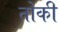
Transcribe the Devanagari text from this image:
तोकी